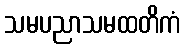
သမပညာသမထတိကံ